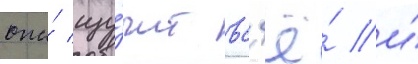
она́ изу́чит вс'ё́ и́